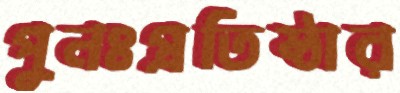
পুনঃপ্রতিষ্ঠার